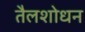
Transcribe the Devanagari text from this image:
तैलशोधन